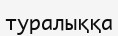
туралыққа